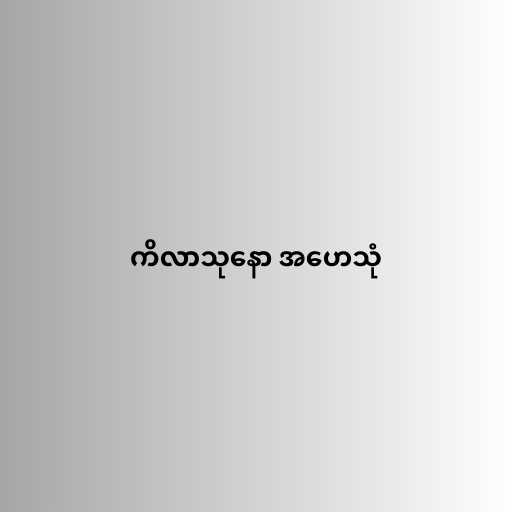
ကိလာသုနော အဟေသုံ